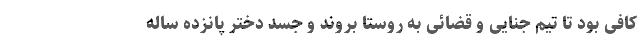
کافی بود تا تیم جنایی و قضائی به روستا بروند و جسد دختر پانزده ساله